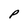
Character: p